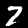
Label: 7